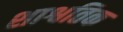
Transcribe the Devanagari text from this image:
शाश्वतिक